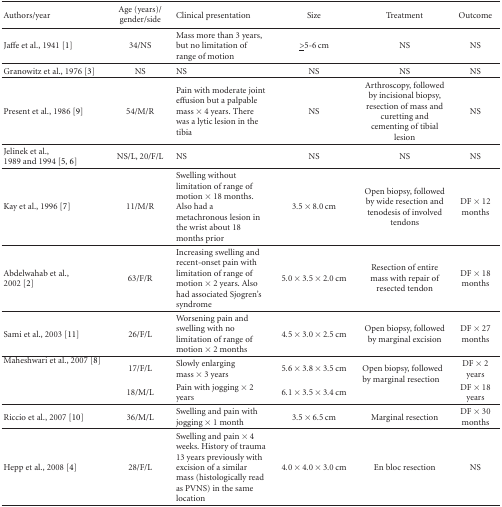
| Authors/year | Age (years)/ gender/side | Clinical presentation | Size | Treatment | Outcome |
 | --- | --- | --- | --- | --- | --- |
 | Jaffe et al., 1941 [1] | 34/NS | Mass more than 3 years, but no limitation of range of motion | <underline>></underline>5-6 cm | NS | NS |
 | Granowitz et al., 1976 [3] | NS | NS | NS | NS | NS |
 | Present et al., 1986 [9] | 54/M/R | Pain with moderate joint effusion but a palpable mass × 4 years. There was a lytic lesion in the tibia | NS | Arthroscopy, followed by incisional biopsy, resection of mass and curetting and cementing of tibial lesion | NS |
 | Jelinek et al., 1989 and 1994 [5, 6] | NS/L, 20/F/L | NS | NS | NS | NS |
 | Kay et al., 1996 [7] | 11/M/R | Swelling without limitation of range of motion × 18 months. Also had a metachronous lesion in the wrist about 18 months prior | 3.5 × 8.0 cm | Open biopsy, followed by wide resection and tenodesis of involved tendons | DF × 12 months |
 | Abdelwahab et al., 2002 [2] | 63/F/R | Increasing swelling and recent-onset pain with limitation of range of motion × 2 years. Also had associated Sjogren's syndrome | 5.0 × 3.5 × 2.0 cm | Resection of entire mass with repair of resected tendon | DF × 18 months |
 | Sami et al., 2003 [11] | 26/F/L | Worsening pain and swelling with no limitation of range of motion × 2 months | 4.5 × 3.0 × 2.5 cm | Open biopsy, followed by marginal excision | DF × 27 months |
 | <ROWSPAN=2> Maheshwari et al., 2007 [8] | 17/F/L | Slowly enlarging mass × 3 years | 5.6 × 3.8 × 3.5 cm | <ROWSPAN=2> Open biopsy, followed by marginal resection | DF × 2 years |
 | 18/M/L | Pain with jogging × 2 years | 6.1 × 3.5 × 3.4 cm | DF × 18 years |
 | Riccio et al., 2007 [10] | 36/M/L | Swelling and pain with jogging × 1 month | 3.5 × 6.5 cm | Marginal resection | DF × 30 months |
 | Hepp et al., 2008 [4] | 28/F/L | Swelling and pain × 4 weeks. History of trauma 13 years previously with excision of a similar mass (histologically read as PVNS) in the same location | 4.0 × 4.0 × 3.0 cm | En bloc resection | NS |